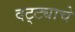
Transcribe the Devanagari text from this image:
दट्ट्याचे